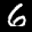
Label: 6